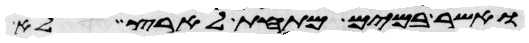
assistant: ואשר במים מתחת לארץ לא